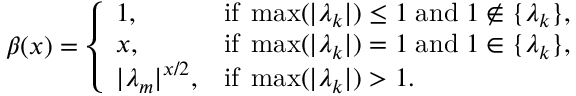
\beta ( x ) = \left\{ \begin{array} { l l } { 1 , } & { \mathrm { i f } \; \operatorname* { m a x } ( | \lambda _ { k } | ) \le 1 \; \mathrm { a n d } \; 1 \notin \{ \lambda _ { k } \} , } \\ { x , } & { \mathrm { i f } \; \operatorname* { m a x } ( | \lambda _ { k } | ) = 1 \; \mathrm { a n d } \; 1 \in \{ \lambda _ { k } \} , } \\ { | \lambda _ { m } | ^ { x / 2 } , } & { \mathrm { i f } \; \operatorname* { m a x } ( | \lambda _ { k } | ) > 1 . } \end{array} \right.